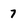
Character: 7